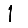
Digit: 1